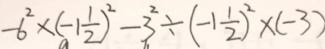
- 6 ^ { 2 } \times ( - 1 \frac { 1 } { 2 } ) ^ { 2 } - 3 ^ { 2 } \div ( - 1 \frac { 1 } { 2 } ) ^ { 2 } \times ( - 3 )